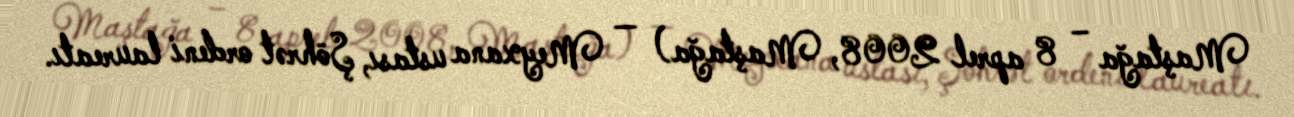
Maştağa – 8 aprel 2008, Maştağa) — Meyxana ustası, Şöhrət ordeni laureatı.